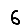
Digit: 6